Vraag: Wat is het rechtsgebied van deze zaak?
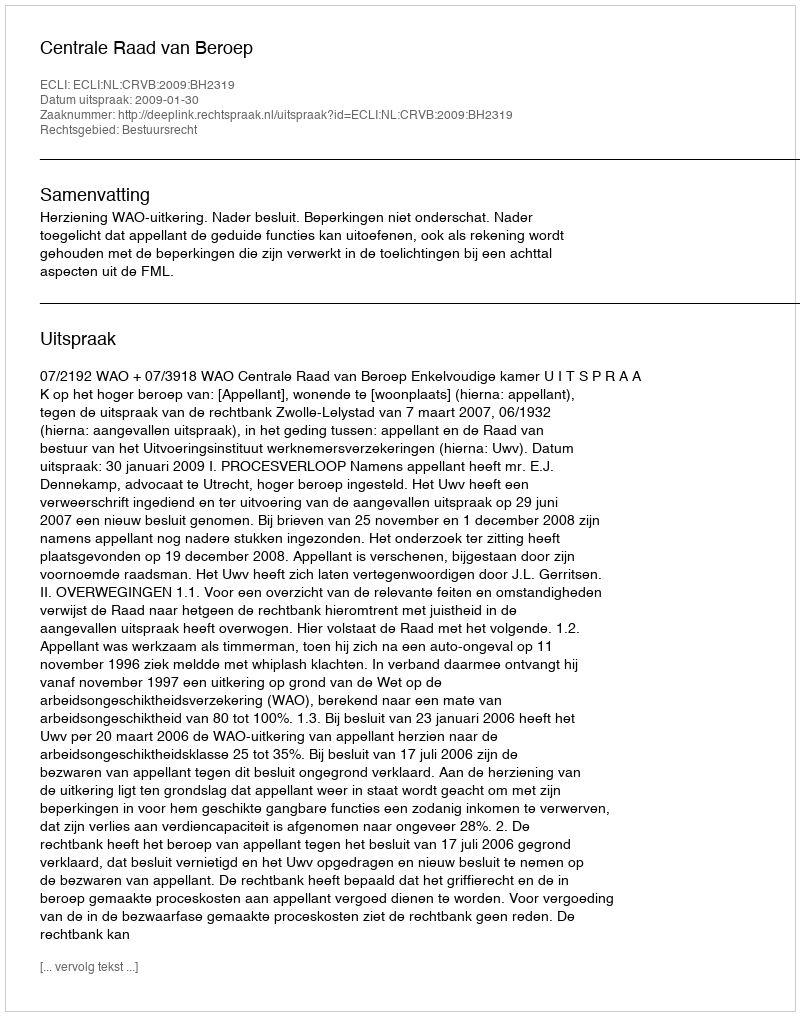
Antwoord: Bestuursrecht